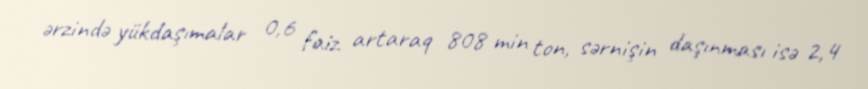
ərzində yükdaşımalar 0,6 faiz artaraq 808 min ton, sərnişin daşınması isə 2,4